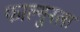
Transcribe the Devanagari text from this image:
फाल्गुनला